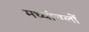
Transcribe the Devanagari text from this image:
मध्यांचलों